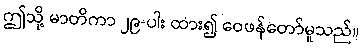
ဤသို့ မာတိကာ ၂၉-ပါး ထား၍ ဝေဖန်တော်မူသည်။